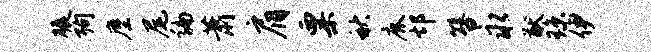
碾殉麈尾编萧肩粟秋鹿邙簪永猷琼伊